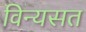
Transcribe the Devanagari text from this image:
विन्यसत